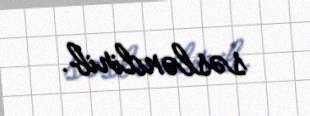
səsləndirib.